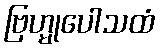
ဗြဟ္မုပေါသထံ